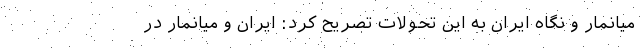
میانمار و نگاه ایران به این تحولات تصریح کرد: ایران و میانمار در